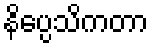
နိပ္ပေသိကတာ